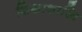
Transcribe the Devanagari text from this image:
शिक्षाशास्त्रि